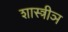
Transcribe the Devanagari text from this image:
शास्त्रीञ